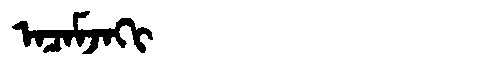
Manchu: ᠠᠴᠠᠮᠵᠠᡴᡳ
Romanization: ACAMJAKI